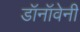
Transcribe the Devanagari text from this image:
डॉनॉवेनी